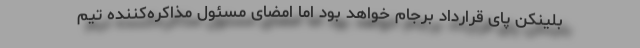
بلینکن پای قرارداد برجام خواهد بود اما امضای مسئول مذاکره‌کننده تیم